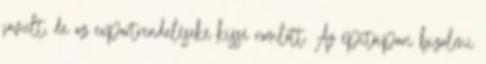
javult, de az exportrendeléseké kissé romlott. Az építőipari bizalmi